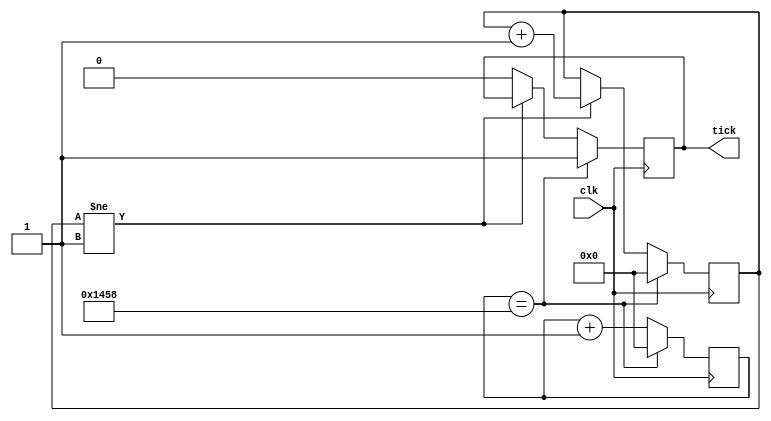
module baudrate_tick_generator #(
	parameter baudrate = 32'd9600,
	parameter frequency = 32'd100000000	// in Hz
	)(
	input wire clk,
	output reg tick);

	// state declaration
	localparam 
		off = 1'b0,
		on = 1'b1;

	// signal declaration
	reg [31:0] count = 0, tick_count = 0;
	reg [31:0] count_threshold = (frequency)/(baudrate*2);
	reg [31:0] tick_threshold = 1;

	initial begin
		tick = 1'b0;
		count = 32'b0;
	end

	always @(posedge(clk)) begin
		if(count == count_threshold) begin
			tick <= 1;
			count <= 0;
			tick_count <= 0;
		end else begin
			if(tick_count != tick_threshold) begin
				tick_count <= tick_count + 1;
			end else begin
				tick <= 0;
			end
			count <= count + 1;
		end
	end

endmodule